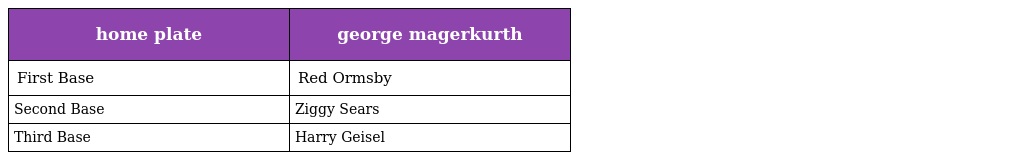
| home plate | george magerkurth |
 | --- | --- |
 | First Base | Red Ormsby |
 | Second Base | Ziggy Sears |
 | Third Base | Harry Geisel |